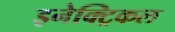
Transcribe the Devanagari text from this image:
इनेक्‍ट्रिकल